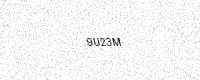
Text: 9U23M